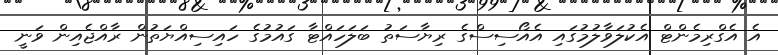
އެ އެގްރިމެންޓް އެކުލަވާލުމުގައި އެއޯސިސްގެ ރިޔާސަތު ބަލަހައްޓާ ގައުމުގެ ހައިސިއްޔަތުން ރާއްޖެއިން ވަނީ